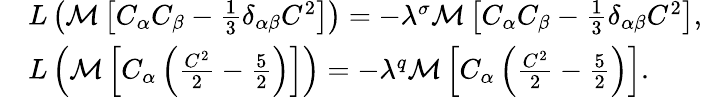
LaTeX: \begin{array}{rl}&{L\left(\mathcal{M}\left[C_{\alpha}C_{\beta}-\frac{1}{3}\delta_{\alpha\beta}C^{2}\right]\right)=-\lambda^{\sigma}\mathcal{M}\left[C_{\alpha}C_{\beta}-\frac{1}{3}\delta_{\alpha\beta}C^{2}\right],}\\ &{L\left(\mathcal{M}\left[C_{\alpha}\left(\frac{C^{2}}{2}-\frac{5}{2}\right)\right]\right)=-\lambda^{q}\mathcal{M}\left[C_{\alpha}\left(\frac{C^{2}}{2}-\frac{5}{2}\right)\right].}\end{array}